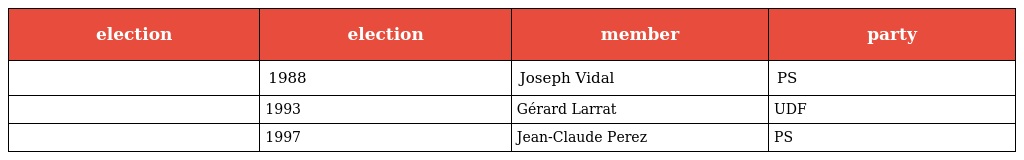
| election | election | member | party |
 | --- | --- | --- | --- |
 |  | 1988 | Joseph Vidal | PS |
 |  | 1993 | Gérard Larrat | UDF |
 |  | 1997 | Jean-Claude Perez | PS |